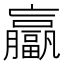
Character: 𫢄